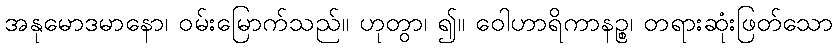
အနုမောဒမာနော၊ ဝမ်းမြောက်သည်။ ဟုတွာ၊ ၍။ ဝေါဟာရိကာနဉ္စ၊ တရားဆုံးဖြတ်သော